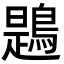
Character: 鶗